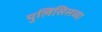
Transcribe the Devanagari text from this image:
युलिसिसच्या